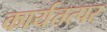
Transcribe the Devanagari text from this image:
कार्यतत्‍पर